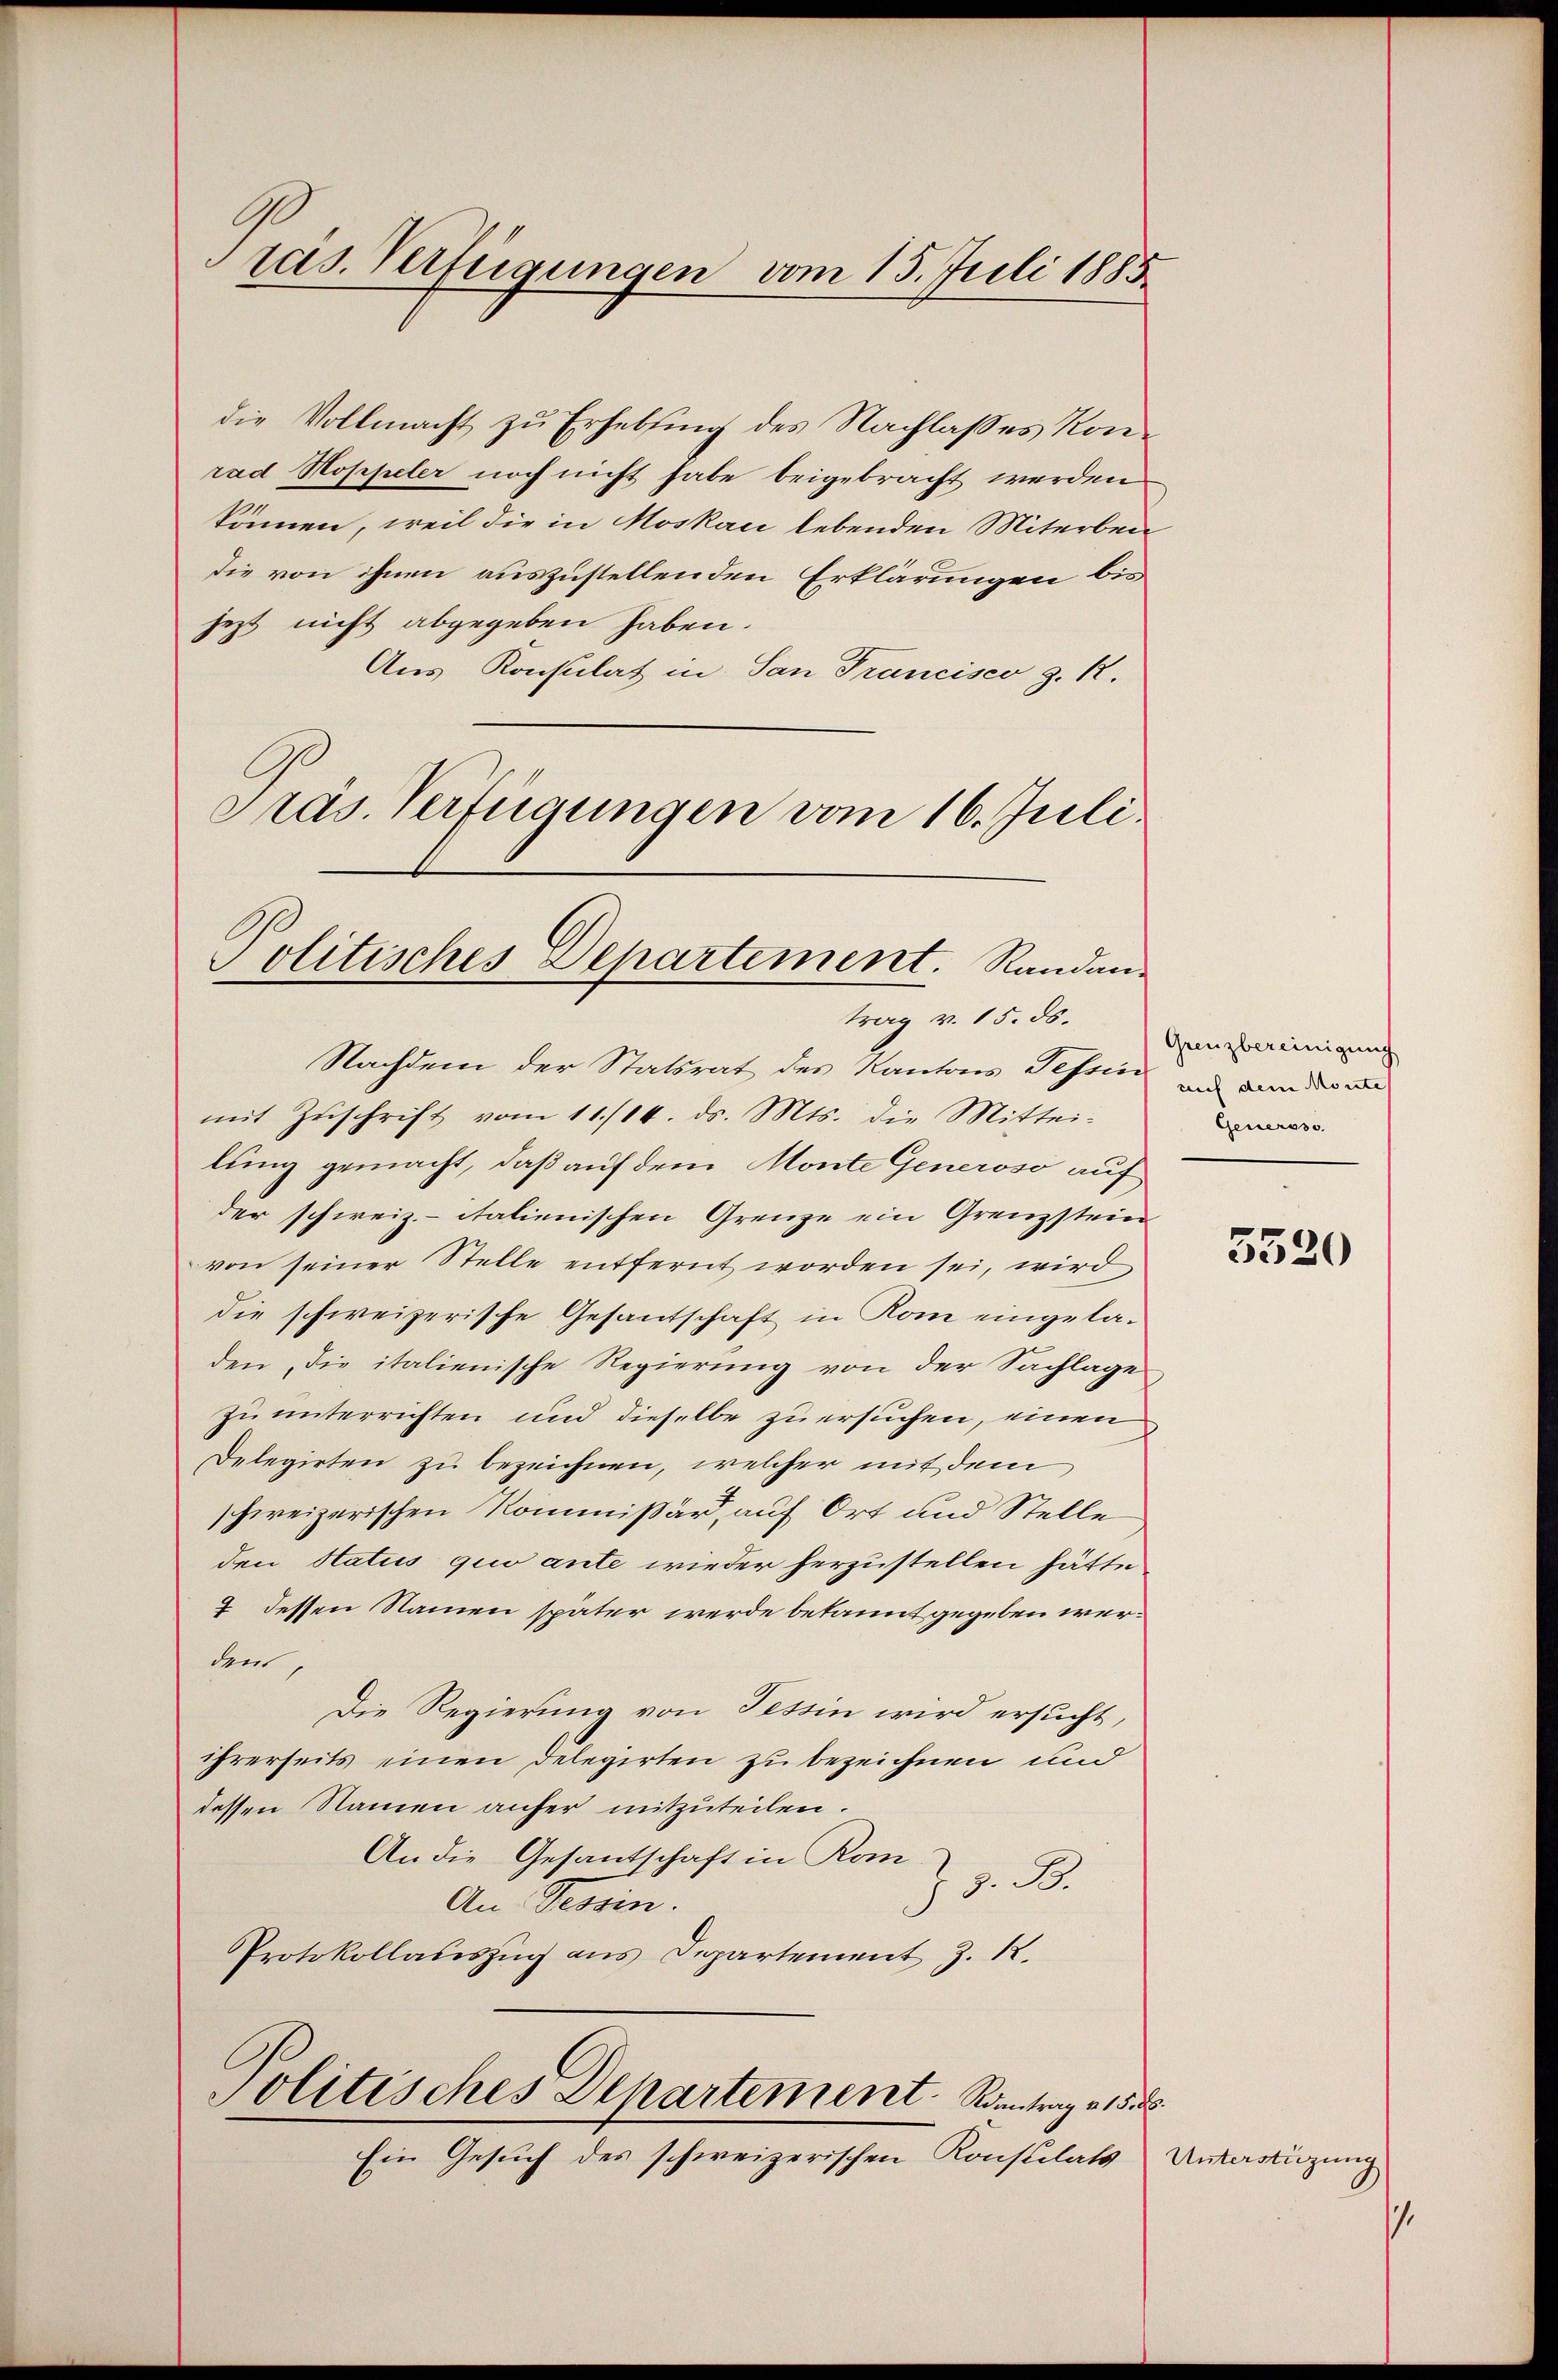
1
ras. Verfügungen vom 15. Juli 1885.

die Vollmacht zu Erhebung des Nachlaßes Konrad Hoppeler noch nicht habe beigebracht werden
können, weil die in Moskau lebenden Miterben
die von ihnen auszustellenden Erklärungen bis
jezt nicht abgegeben haben.
Aus Konsulat in San Francisco z. R.
Pras. Verfügungen vom 16. Juli.

Politisches Departement. Randantrag v. 15. ds.

Nachdem der Statsrat des Kantons Tessin, und den der a
mit Zŭschrift vom 11./14. ds. Mts. die Mittei-
lung gemacht, daß auf dem Monte Generoso auf
der schweiz.-italienischen Grenze ein Grenzstein
von seiner Stelle entfernt worden sei, wird
die schweizerische Gesantschaft in Rom eingeladen die italienische Regierung von der Sachlage
zu unterrichten und dieselbe zu ersuchen, einen
Delegirten zu bezeichnen, welcher mit dem
schweizerischen Kommißär, auf Ort und Stelle
den Status quo ante wieder herzustellen hätte
7 dessen Namen später werde bekannt gegeben werden,
Die Regierung von Tessin wird ersucht,
ihrerseits einen Delegirten zu bezeichnen und
dessen Namen anher mitzuteilen.
An die Gesantschaft in Kom-
Z z. B.
An Tessin.
Protokollauszug aus Departement Z. 12.
Politisches Departement. Santrag v. 15. d
Ein Gesuch des schweizerischen Konstilats

Grenzbereinigung
Genersso

5520

Unterstüzung

.